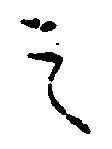
之